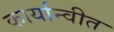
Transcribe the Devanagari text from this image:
कार्यान्‍वीत